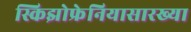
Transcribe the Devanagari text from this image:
स्किझोफ्रेनियासारख्या